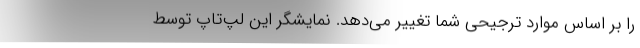
را بر اساس موارد ترجیحی شما تغییر می‌دهد. نمایشگر این لپ‌تاپ توسط